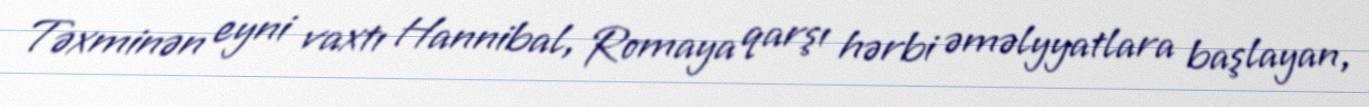
Təxminən eyni vaxtı Hannibal, Romaya qarşı hərbi əməlyyatlara başlayan,